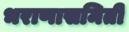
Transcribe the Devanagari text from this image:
भराणासमिती